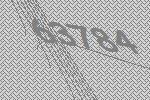
63784